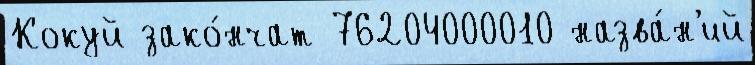
Кокуй зако́нчат 76204000010 назва́н'ий